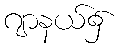
ဂျာနယ်၌